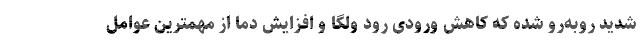
شدید روبه‌رو شده که کاهش ورودی رود ولگا و افزایش دما از مهمترین عوامل